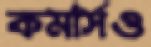
কমার্সও